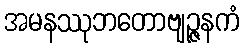
အမနဿုဘတောဗျဉ္ဇနကံ